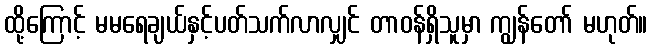
ထို့ကြောင့် မမရေချယ်နှင့်ပတ်သက်လာလျှင် တာဝန်ရှိသူမှာ ကျွန်တော် မဟုတ်။